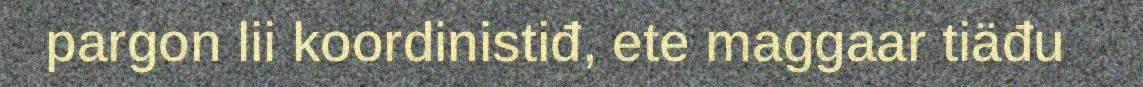
pargon lii koordinistiđ, ete maggaar tiäđu